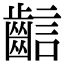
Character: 𪘎